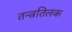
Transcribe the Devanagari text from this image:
तन्त्रतिलक